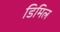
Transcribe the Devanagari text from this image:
डिमिल